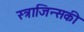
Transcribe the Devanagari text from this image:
स्त्राजिन्सकी